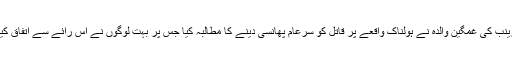
زینب کی غمگین والدہ نے ہولناک واقعے پر قاتل کو سرعام پھانسی دینے کا مطالبہ کیا جس پر بہت لوگوں نے اس رائے سے اتفاق کیا۔